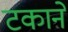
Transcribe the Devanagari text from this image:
टकाने